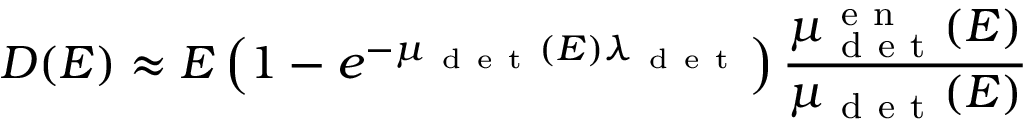
D ( E ) \approx E \left( 1 - e ^ { - \mu _ { \mathrm { ~ d ~ e ~ t ~ } } ( E ) \lambda _ { \mathrm { ~ d ~ e ~ t ~ } } } \right) \frac { \mu _ { \mathrm { ~ d ~ e ~ t ~ } } ^ { \mathrm { ~ e ~ n ~ } } ( E ) } { \mu _ { \mathrm { ~ d ~ e ~ t ~ } } ( E ) }